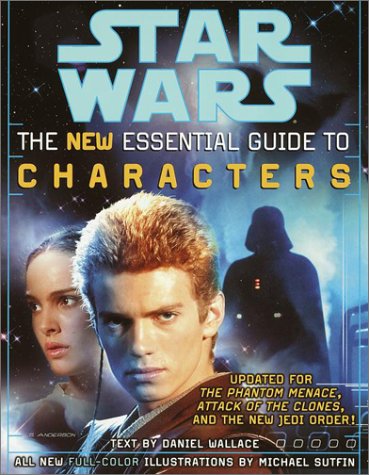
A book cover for The New Essential Guide to Characters (Star Wars); Daniel Wallace; Humor & Entertainment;